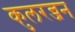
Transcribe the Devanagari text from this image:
कुलरन्जन